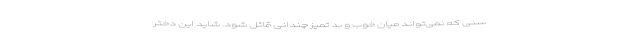
سنی که نمی‌تواند میان خوب و بد تمیز چندانی قائل شود. شاید این دختر